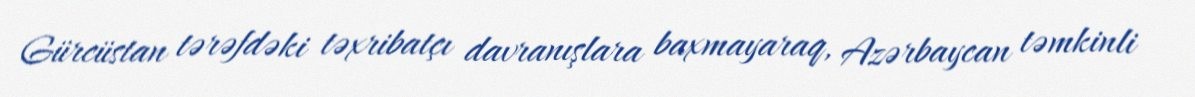
Gürcüstan tərəfdəki təxribatçı davranışlara baxmayaraq, Azərbaycan təmkinli